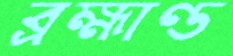
ব্রহ্মাণ্ড